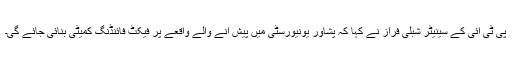
پی ٹی آئی کے سینیٹر شبلی فراز نے کہا کہ پشاور یونیورسٹی میں پیش آنے والے واقعے پر فیکٹ فائنڈنگ کمیٹی بنائی جائے گی۔